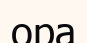
ора